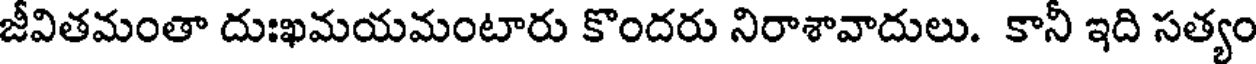
జీవితమంతా దుఃఖమయమంటారు కొందరు నిరాశావాదులు. కానీ ఇది సత్యం